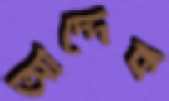
আদ্দেক